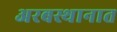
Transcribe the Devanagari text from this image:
अरबस्थानात